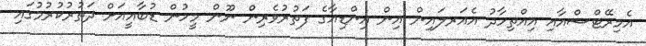
އެމިރޭޓްސްއާއި އިއްތިހާދު އެއަރލައިން އިން އިންޑިއާގެ ފަތުރުވެރިން ނޫން މީހުން ޑުބާއީއަށް ދަތުރުކުރުމުގައި